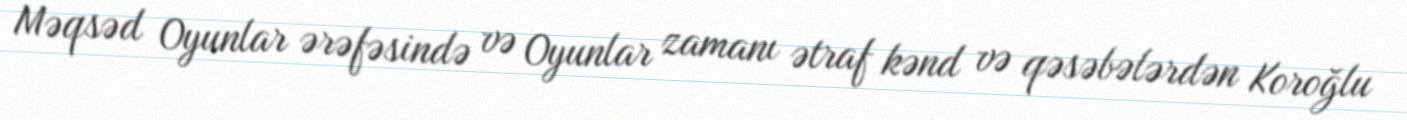
Məqsəd Oyunlar ərəfəsində və Oyunlar zamanı ətraf kənd və qəsəbələrdən Koroğlu